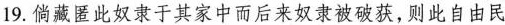
19.倘藏匿此奴隶于其家中而后来奴隶被破获，则此自由民